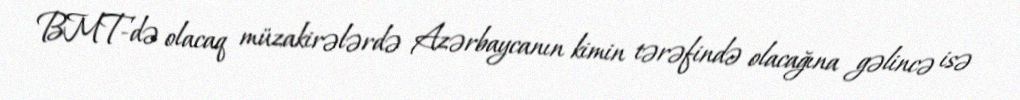
BMT-də olacaq müzakirələrdə Azərbaycanın kimin tərəfində olacağına gəlincə isə